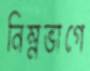
নিম্নভাগে